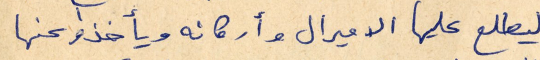
ليطلع عليها الاميرال وأركانه ويأخذوا عنها